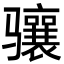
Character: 骧